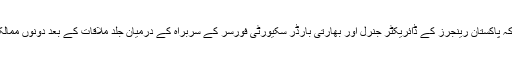
جب کہ دونوں وزرائے اعظم نے اس بات پر بھی اتفاق کیا تھا کہ پاکستان رینجرز کے ڈائریکٹر جنرل اور بھارتی بارڈر سکیورٹی فورسر کے سربراہ کے درمیان جلد ملاقات کے بعد دونوں ممالک کے ڈائریکٹر ملٹری آپریشنز کے درمیان ملاقات بھی ہو گی۔